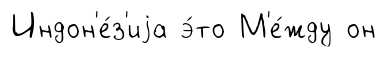
Индон'е́з'иjа э́то М'е́жду он